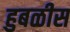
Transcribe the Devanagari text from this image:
हुबळीस